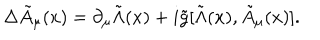
LaTeX: \Delta { \tilde { A } } _ { \mu } ( x ) = \partial _ { \mu } { \tilde { \Lambda } } ( x ) + i { \tilde { g } } [ { \tilde { \Lambda } } ( x ) , { \tilde { A } } _ { \mu } ( x ) ] .